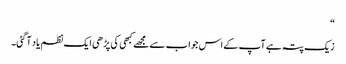
“
زیک پتہ ہے آپ کے اس جواب سے مجھے کبھی کی پڑھی ایک نظم یاد آگئی۔